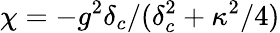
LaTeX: \chi=-g^{2}\delta_{c}/(\delta_{c}^{2}+\kappa^{2}/4)